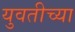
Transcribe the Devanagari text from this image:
युवतीच्या